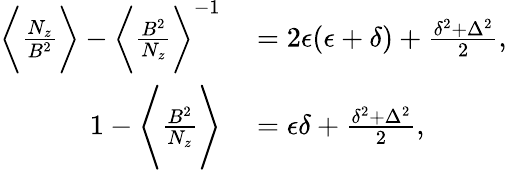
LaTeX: \begin{array}{rl}{\bigg\langle\frac{N_{z}}{B^{2}}\bigg\rangle-\bigg\langle\frac{B^{2}}{N_{z}}\bigg\rangle^{-1}}&{{}=2\epsilon(\epsilon+\delta)+\frac{\delta^{2}+\Delta^{2}}{2},}\\ {1-\Bigg\langle\frac{B^{2}}{N_{z}}\Bigg\rangle}&{{}=\epsilon\delta+\frac{\delta^{2}+\Delta^{2}}{2},}\end{array}